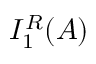
I _ { 1 } ^ { R } ( A )